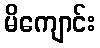
မိကျောင်း